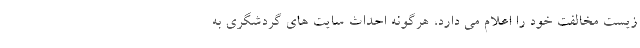
زیست مخالفت خود را اعلام می دارد، هرگونه احداث سایت های گردشگری به